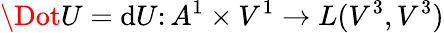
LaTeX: \Dot{U}=\mathrm{d}U\colon A^{1}\times V^{1}\to L(V^{3},V^{3})